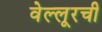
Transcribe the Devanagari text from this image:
वेल्लूरची